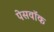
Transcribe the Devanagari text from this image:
पेसवॉक